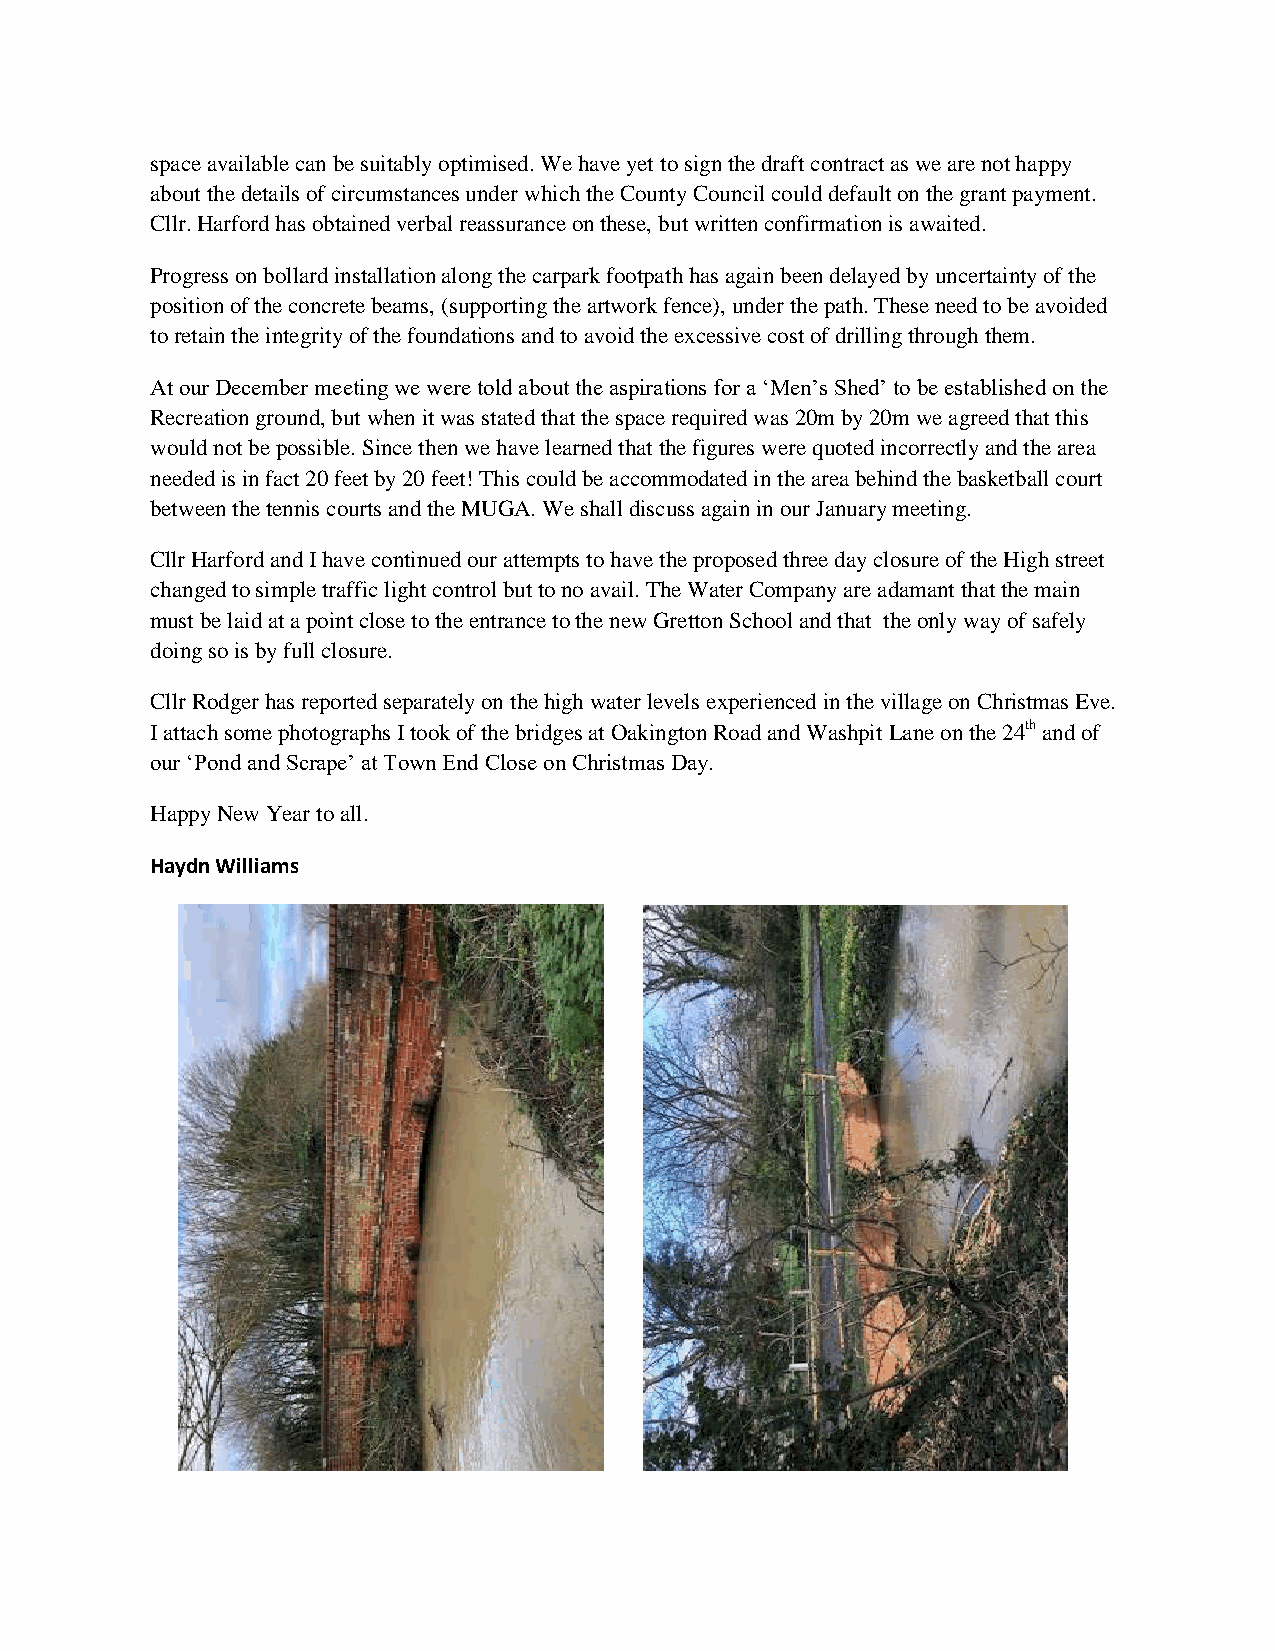
space available can be suitably optimised. We have yet to sign the draft contract as we are not happy
 about the details of circumstances under which the County Council could default on the grant payment.
 Cllr. Harford has obtained verbal reassurance on these, but written confirmation is awaited.
 Progress on bollard installation along the carpark footpath has again been delayed by uncertainty of the
 position of the concrete beams, (supporting the artwork fence), under the path. These need to be avoided
 to retain the integrity of the foundations and to avoid the excessive cost of drilling through them.
 At our December meeting we were told about the aspirations for a ‘Men’s Shed’ to be established on the
 Recreation ground, but when it was stated that the space required was 20m by 20m we agreed that this
 would not be possible. Since then we have learned that the figures were quoted incorrectly and the area
 needed is in fact 20 feet by 20 feet! This could be accommodated in the area behind the basketball court
 between the tennis courts and the MUGA. We shall discuss again in our January meeting.
 Cllr Harford and I have continued our attempts to have the proposed three day closure of the High street
 changed to simple traffic light control but to no avail. The Water Company are adamant that the main
 must be laid at a point close to the entrance to the new Gretton School and that the only way of safely
 doing so is by full closure.
 Cllr Rodger has reported separately on the high water levels experienced in the village on Christmas Eve.
 I attach some photographs I took of the bridges at Oakington Road and Washpit Lane on the 24th and of
 our ‘Pond and Scrape’ at Town End Close on Christmas Day.
 Happy New Year to all.
 Haydn Williams